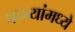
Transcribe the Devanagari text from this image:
पदव्यांमध्ये